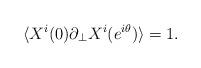
LaTeX: \begin{align*}\langle X^i(0)\partial_\perp X^i(e^{i\theta})\rangle=1.\end{align*}